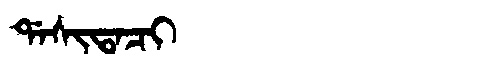
Manchu: ᡩᠠᠰᡳᡨᠠᠴᡳ
Romanization: DASITACI